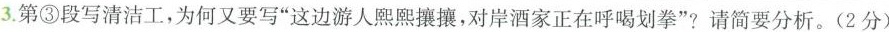
3.第③段写清洁工，为何又要写“这边游人熙熙攘攘，对岸酒家正在呼喝划拳”？请简要分析。（2分）